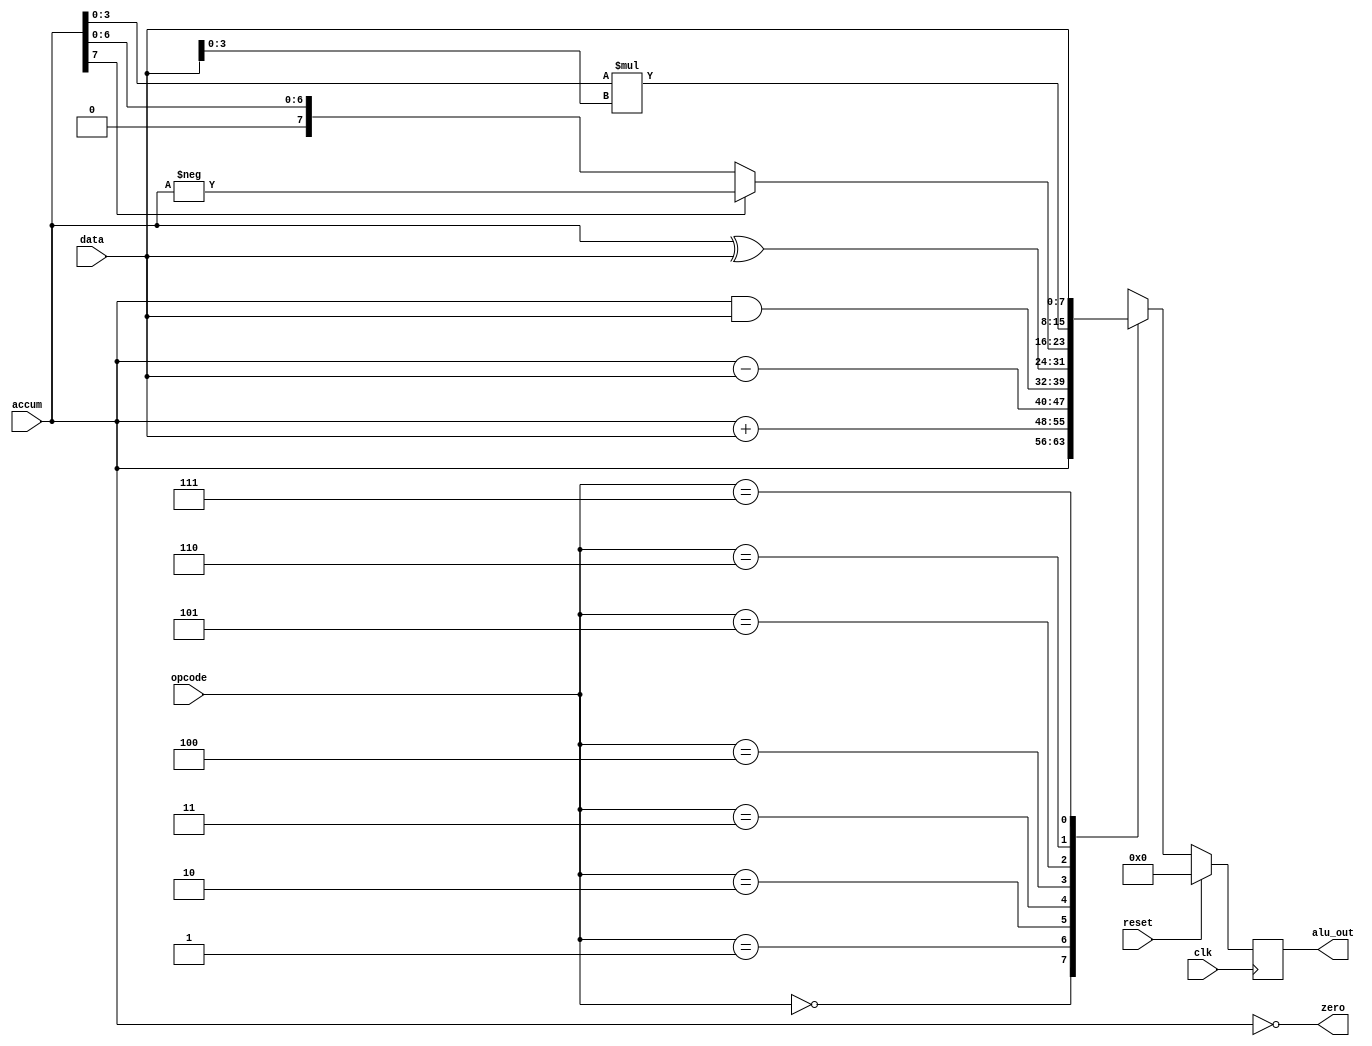
module alu(alu_out, accum, data, opcode, zero, clk, reset);

// modeling your design here !!
input [7:0] accum;
input [7:0] data;
input [2:0]opcode;
input clk;
input reset;

output reg [7:0] alu_out;
output zero;

//Internal signals
reg    [32-1:0]  result_o;
wire             zero_o;
reg signed [4-1:0] a;
reg signed [4-1:0] b;
//Main function
assign zero = (accum == 0);

always @(posedge(clk)) begin
    a = accum[3:0];
    b = data[3:0];
    if(reset)begin
        alu_out <= 0;
    end
    else begin               
            case(opcode)
               0: alu_out<= accum;                    //pass accum
               1: alu_out <= accum+data;        //add
               2: alu_out<= accum-data;          //sub
               3:  alu_out<= accum&data;        //AND
               4:  alu_out <= accum^data;       // XOR
               5: begin                                         //abs
                       if(accum[7] == 1'b1) alu_out = -accum;
                       else alu_out = accum;
                   end
               6:  alu_out<= a*b;   //mult
               7:  alu_out<= data;   //pass data
               default: alu_out <= 0;
            endcase
      end
end
endmodule